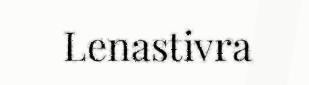
Lenastivra